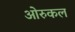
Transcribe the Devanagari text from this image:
ओरुकल